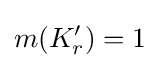
m(K'_{r})=1